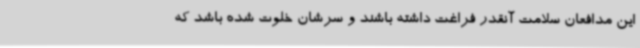
این مدافعان سلامت آنقدر فراغت داشته باشند و سرشان خلوت شده باشد که